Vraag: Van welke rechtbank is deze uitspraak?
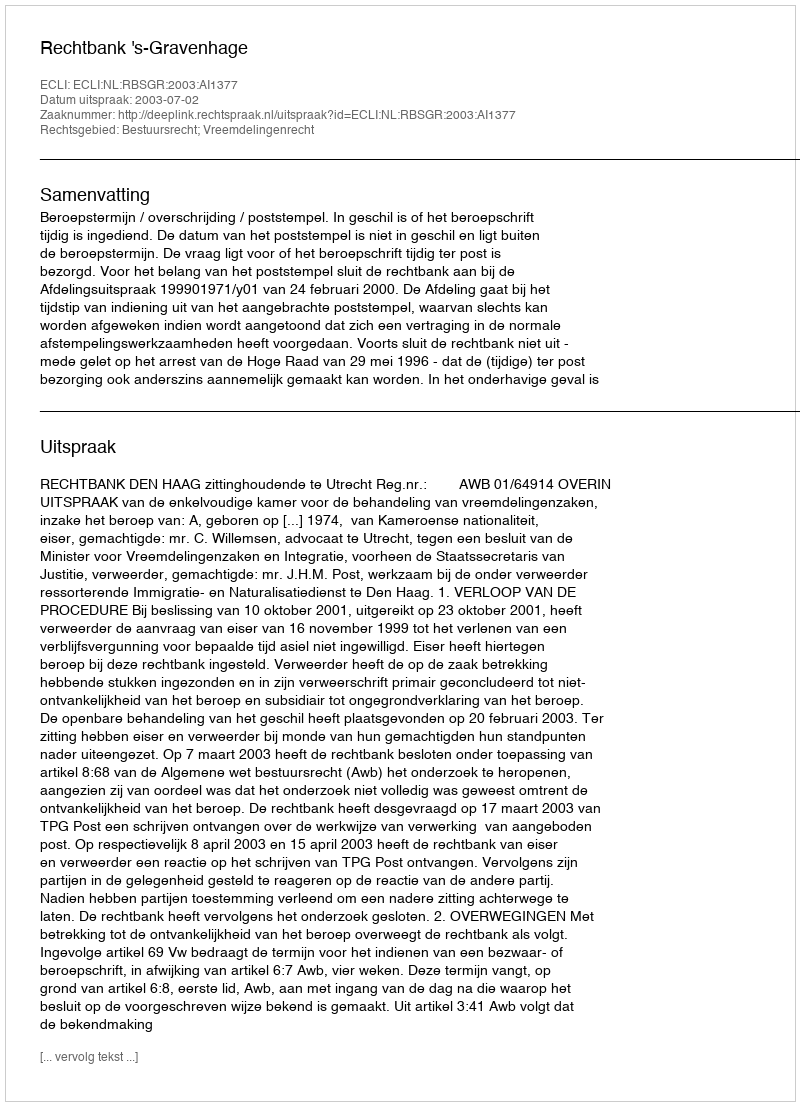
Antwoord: Rechtbank 's-Gravenhage